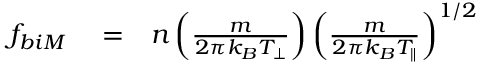
\begin{array} { r l r } { f _ { b i M } } & { { } = } & { n \left( \frac { m } { 2 \pi k _ { B } T _ { \perp } } \right) \left( \frac { m } { 2 \pi k _ { B } T _ { \parallel } } \right) ^ { 1 / 2 } } \end{array}